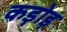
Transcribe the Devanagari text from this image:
कड़ोड़